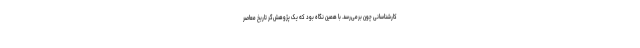
کارشناسانی چون برمی‌رسد. با همین نگاه بود که یک پژوهش‌گر تاریخ معاصر